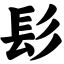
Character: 髟